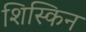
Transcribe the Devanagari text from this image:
शिस्किन